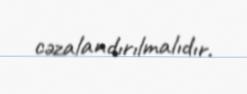
cəzalandırılmalıdır.